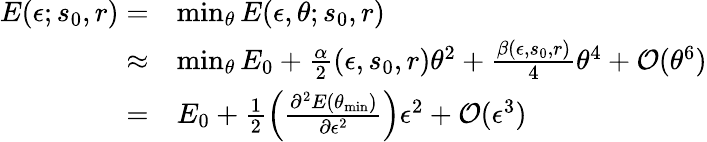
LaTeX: \begin{array}{rl}{E(\epsilon;s_{0},r)=}&{\operatorname*{min}_{\theta}E(\epsilon,\theta;s_{0},r)}\\ {\approx}&{\operatorname*{min}_{\theta}E_{0}+\frac{\alpha}{2}(\epsilon,s_{0},r)\theta^{2}+\frac{\beta(\epsilon,s_{0},r)}{4}\theta^{4}+\mathcal{O}(\theta^{6})}\\ {=}&{E_{0}+\frac 12\left(\frac{\partial^{2}E(\theta_{\mathrm{min}})}{\partial\epsilon^{2}}\right)\epsilon^{2}+\mathcal{O}(\epsilon^{3})}\end{array}